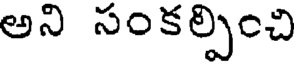
అని సంకల్పించి